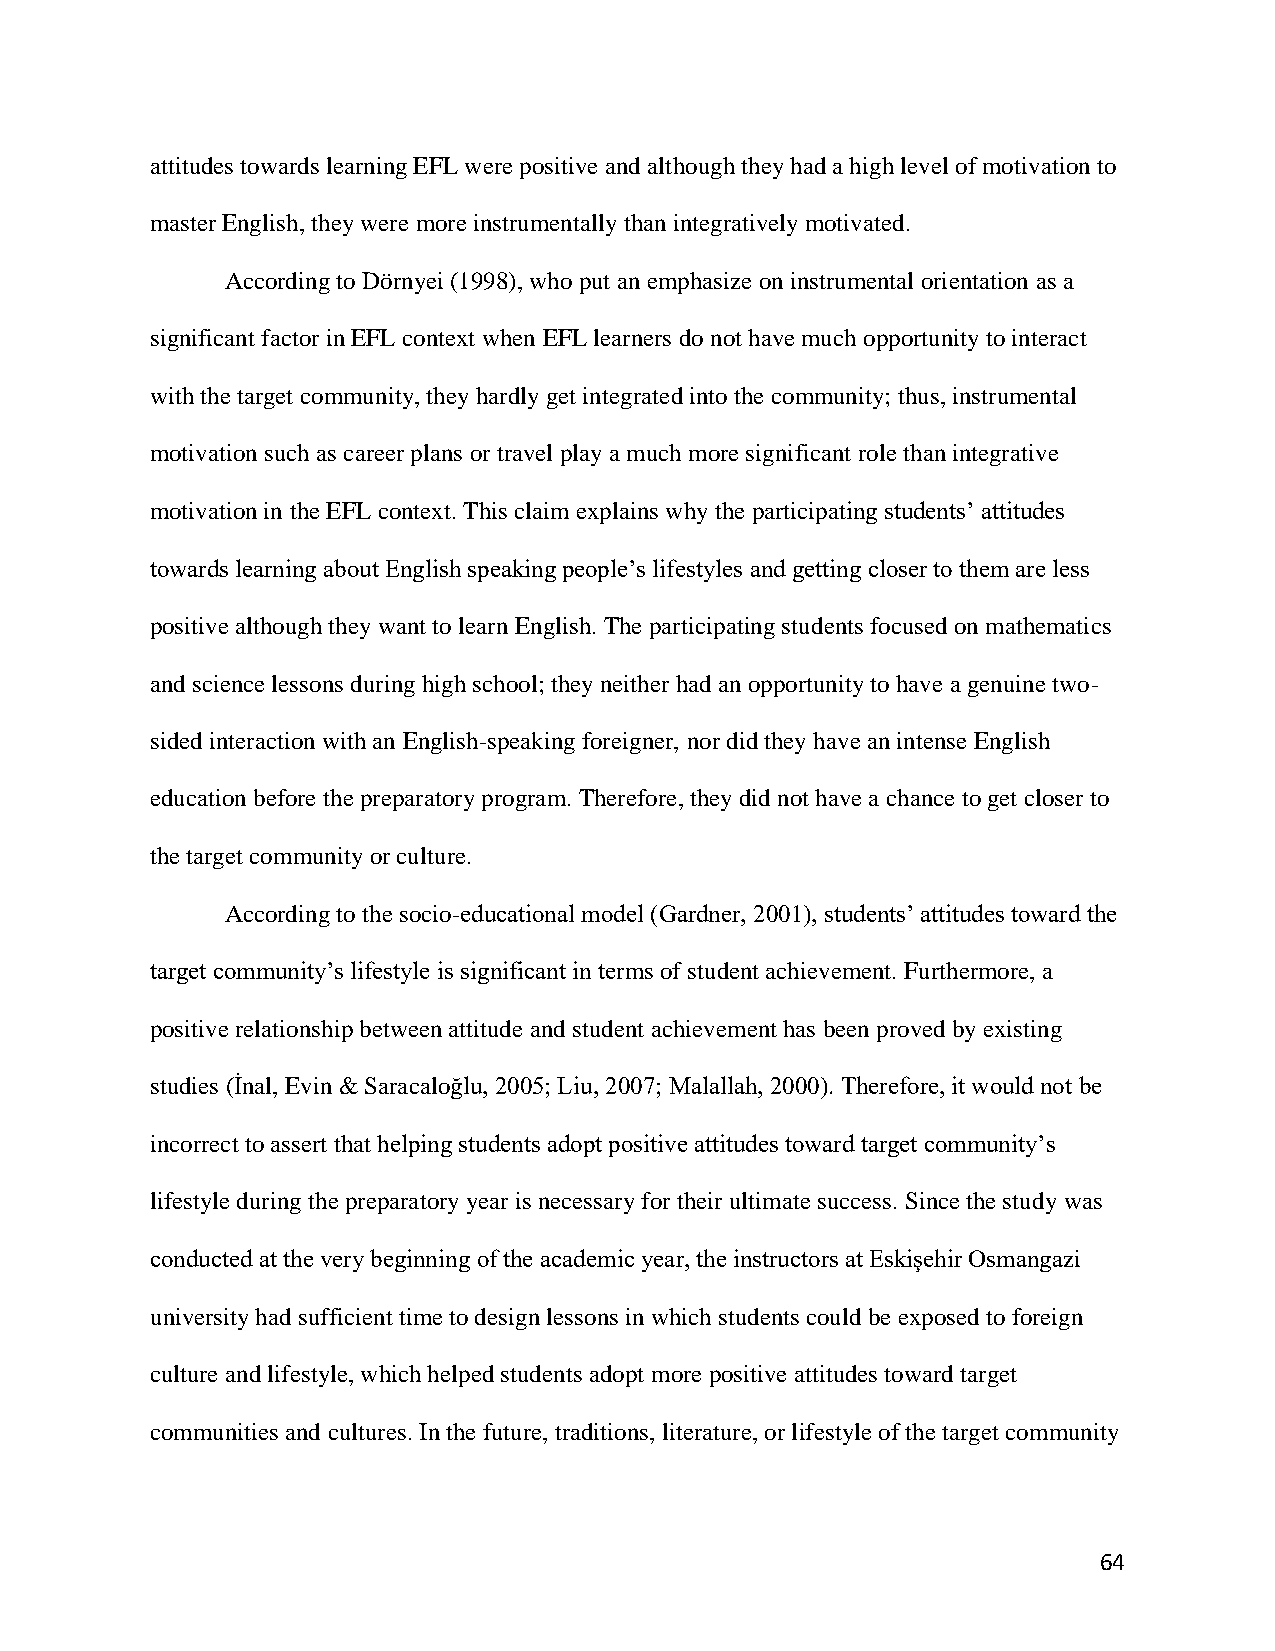
attitudes towards learning EFL were positive and although they had a high level of motivation to
 master English, they were more instrumentally than integratively motivated.
 According to Dörnyei (1998), who put an emphasize on instrumental orientation as a
 significant factor in EFL context when EFL learners do not have much opportunity to interact
 with the target community, they hardly get integrated into the community; thus, instrumental
 motivation such as career plans or travel play a much more significant role than integrative
 motivation in the EFL context. This claim explains why the participating students’ attitudes
 towards learning about English speaking people’s lifestyles and getting closer to them are less
 positive although they want to learn English. The participating students focused on mathematics
 and science lessons during high school; they neither had an opportunity to have a genuine two-
 sided interaction with an English-speaking foreigner, nor did they have an intense English
 education before the preparatory program. Therefore, they did not have a chance to get closer to
 the target community or culture.
 According to the socio-educational model (Gardner, 2001), students’ attitudes toward the
 target community’s lifestyle is significant in terms of student achievement. Furthermore, a
 positive relationship between attitude and student achievement has been proved by existing
 studies (İnal, Evin & Saracaloğlu, 2005; Liu, 2007; Malallah, 2000). Therefore, it would not be
 incorrect to assert that helping students adopt positive attitudes toward target community’s
 lifestyle during the preparatory year is necessary for their ultimate success. Since the study was
 conducted at the very beginning of the academic year, the instructors at Eskişehir Osmangazi
 university had sufficient time to design lessons in which students could be exposed to foreign
 culture and lifestyle, which helped students adopt more positive attitudes toward target
 communities and cultures. In the future, traditions, literature, or lifestyle of the target community
 64